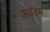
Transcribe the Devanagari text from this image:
अवरुम